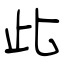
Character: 此